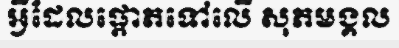
អ្វីដែលផ្តោតទៅលើ សុភមង្គល